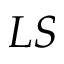
L S